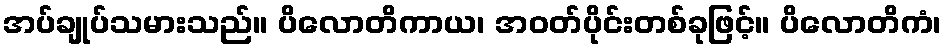
အပ်ချုပ်သမားသည်။ ပိလောတိကာယ၊ အဝတ်ပိုင်းတစ်ခုဖြင့်။ ပိလောတိကံ၊